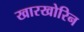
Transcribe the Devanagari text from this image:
खारखोरिन